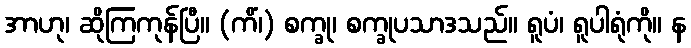
အာဟု၊ ဆိုကြကုန်ပြီ။ (ကိံ၊) စက္ခု၊ စက္ခုပသာဒသည်။ ရူပံ၊ ရူပါရုံကို။ န